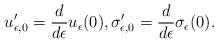
LaTeX: \begin{align*}u_{\epsilon, 0} ' = \frac{d}{d\epsilon} u_\epsilon (0), \sigma_{\epsilon, 0} ' = \frac{d}{d\epsilon} \sigma_{\epsilon } (0).\end{align*}